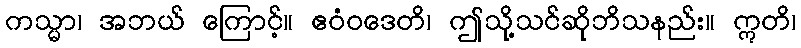
ကသ္မာ၊ အဘယ် ကြောင့်။ ဧဝံဝဒေတိ၊ ဤသို့သင်ဆိုဘိသနည်း။ ဣတိ၊